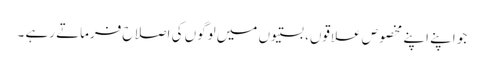
جو اپنے اپنے مخصوص علاقوں، بستیوں میں لوگوں کی اصلاح فرماتے رہے ۔